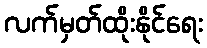
လက်မှတ်ထိုးနိုင်ရေး